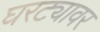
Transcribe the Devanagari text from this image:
घरट्यावर